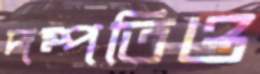
দম্পতিও